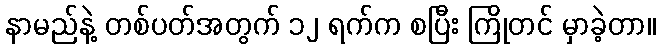
နာမည်နဲ့ တစ်ပတ်အတွက် ၁၂ ရက်က စပြီး ကြိုတင် မှာခဲ့တာ။